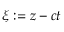
\xi : = z - c t